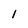
Character: 1